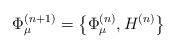
\begin{align*}\Phi^{(n+1)}_{\mu}=\left\{\Phi^{(n)}_{\mu}, H^{(n)} \right\}\end{align*}